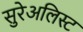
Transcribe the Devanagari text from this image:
सुरेअलिस्ट